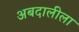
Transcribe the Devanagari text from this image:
अबदालीला